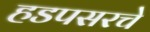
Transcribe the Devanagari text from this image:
हडपसरचे